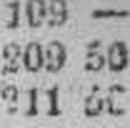
211 50